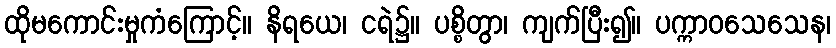
ထိုမကောင်းမှုကံကြောင့်။ နိရယေ၊ ငရဲ၌။ ပစ္စိတွာ၊ ကျက်ပြီး၍။ ပက္ကာဝသေသေန၊